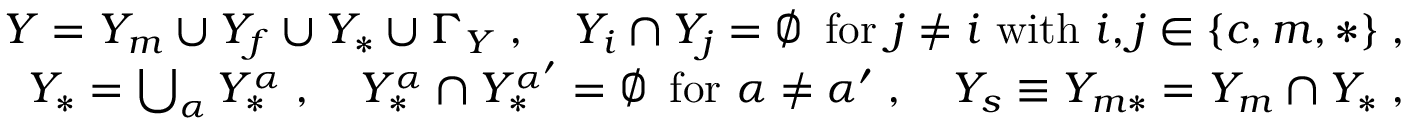
\begin{array} { r } { Y = Y _ { m } \cup Y _ { f } \cup Y _ { * } \cup \Gamma _ { Y } \; , \quad Y _ { i } \cap Y _ { j } = \emptyset \, \mathrm { ~ f o r ~ } j \not = i \mathrm { ~ w i t h ~ } i , j \in \{ c , m , * \} \; , } \\ { Y _ { * } = \bigcup _ { \alpha } Y _ { * } ^ { \alpha } \; , \quad Y _ { * } ^ { \alpha } \cap Y _ { * } ^ { { \alpha } ^ { \prime } } = \emptyset \, \mathrm { ~ f o r ~ } { \alpha } \not = { \alpha } ^ { \prime } \; , \quad Y _ { s } \equiv Y _ { m * } = Y _ { m } \cap Y _ { * } \; , } \end{array}